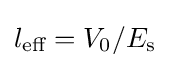
l_{\text{eff}}=V_{0}/E_{\text{s}}